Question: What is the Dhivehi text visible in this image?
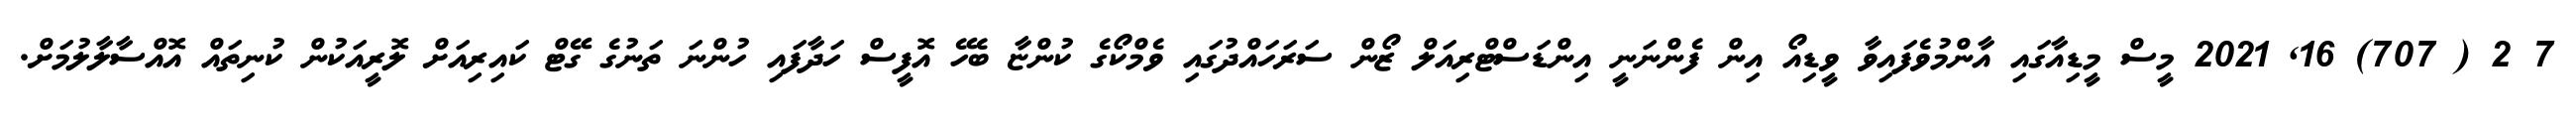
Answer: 7 2 ( 707) 16, 2021 މީސް މީޑިއާގައި އާންމުވެފައިވާ ވީޑިއޯ އިން ފެންނަނީ އިންޑަސްޓްރިއަލް ޒޯން ސަރަހައްދުގައި ވެމްކޯގެ ކުންޏާ ބެހޭ އޮފީސް ހަދާފައި ހުންނަ ތަނުގެ ގޭޓް ކައިރިއަށް ލޮރީއަކުން ކުނިތައް އޮއްސާލާލުމަށް.